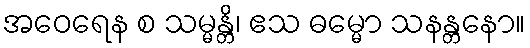
အဝေရေန စ သမ္မန္တိ၊ ဧသ ဓမ္မော သနန္တနော။